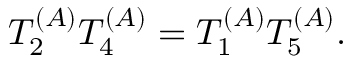
T _ { 2 } ^ { ( A ) } T _ { 4 } ^ { ( A ) } = T _ { 1 } ^ { ( A ) } T _ { 5 } ^ { ( A ) } .